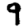
Digit: 9